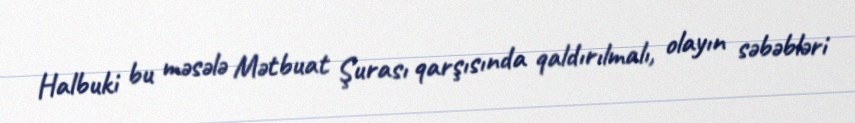
Halbuki bu məsələ Mətbuat Şurası qarşısında qaldırılmalı, olayın səbəbləri